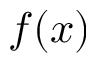
f ( x )